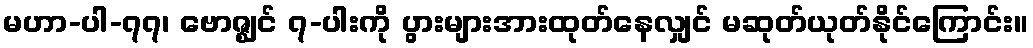
မဟာ-ပါ-၇၇၊ ဗောဇ္ဈင် ၇-ပါးကို ပွားများအားထုတ်နေလျှင် မဆုတ်ယုတ်နိုင်ကြောင်း။